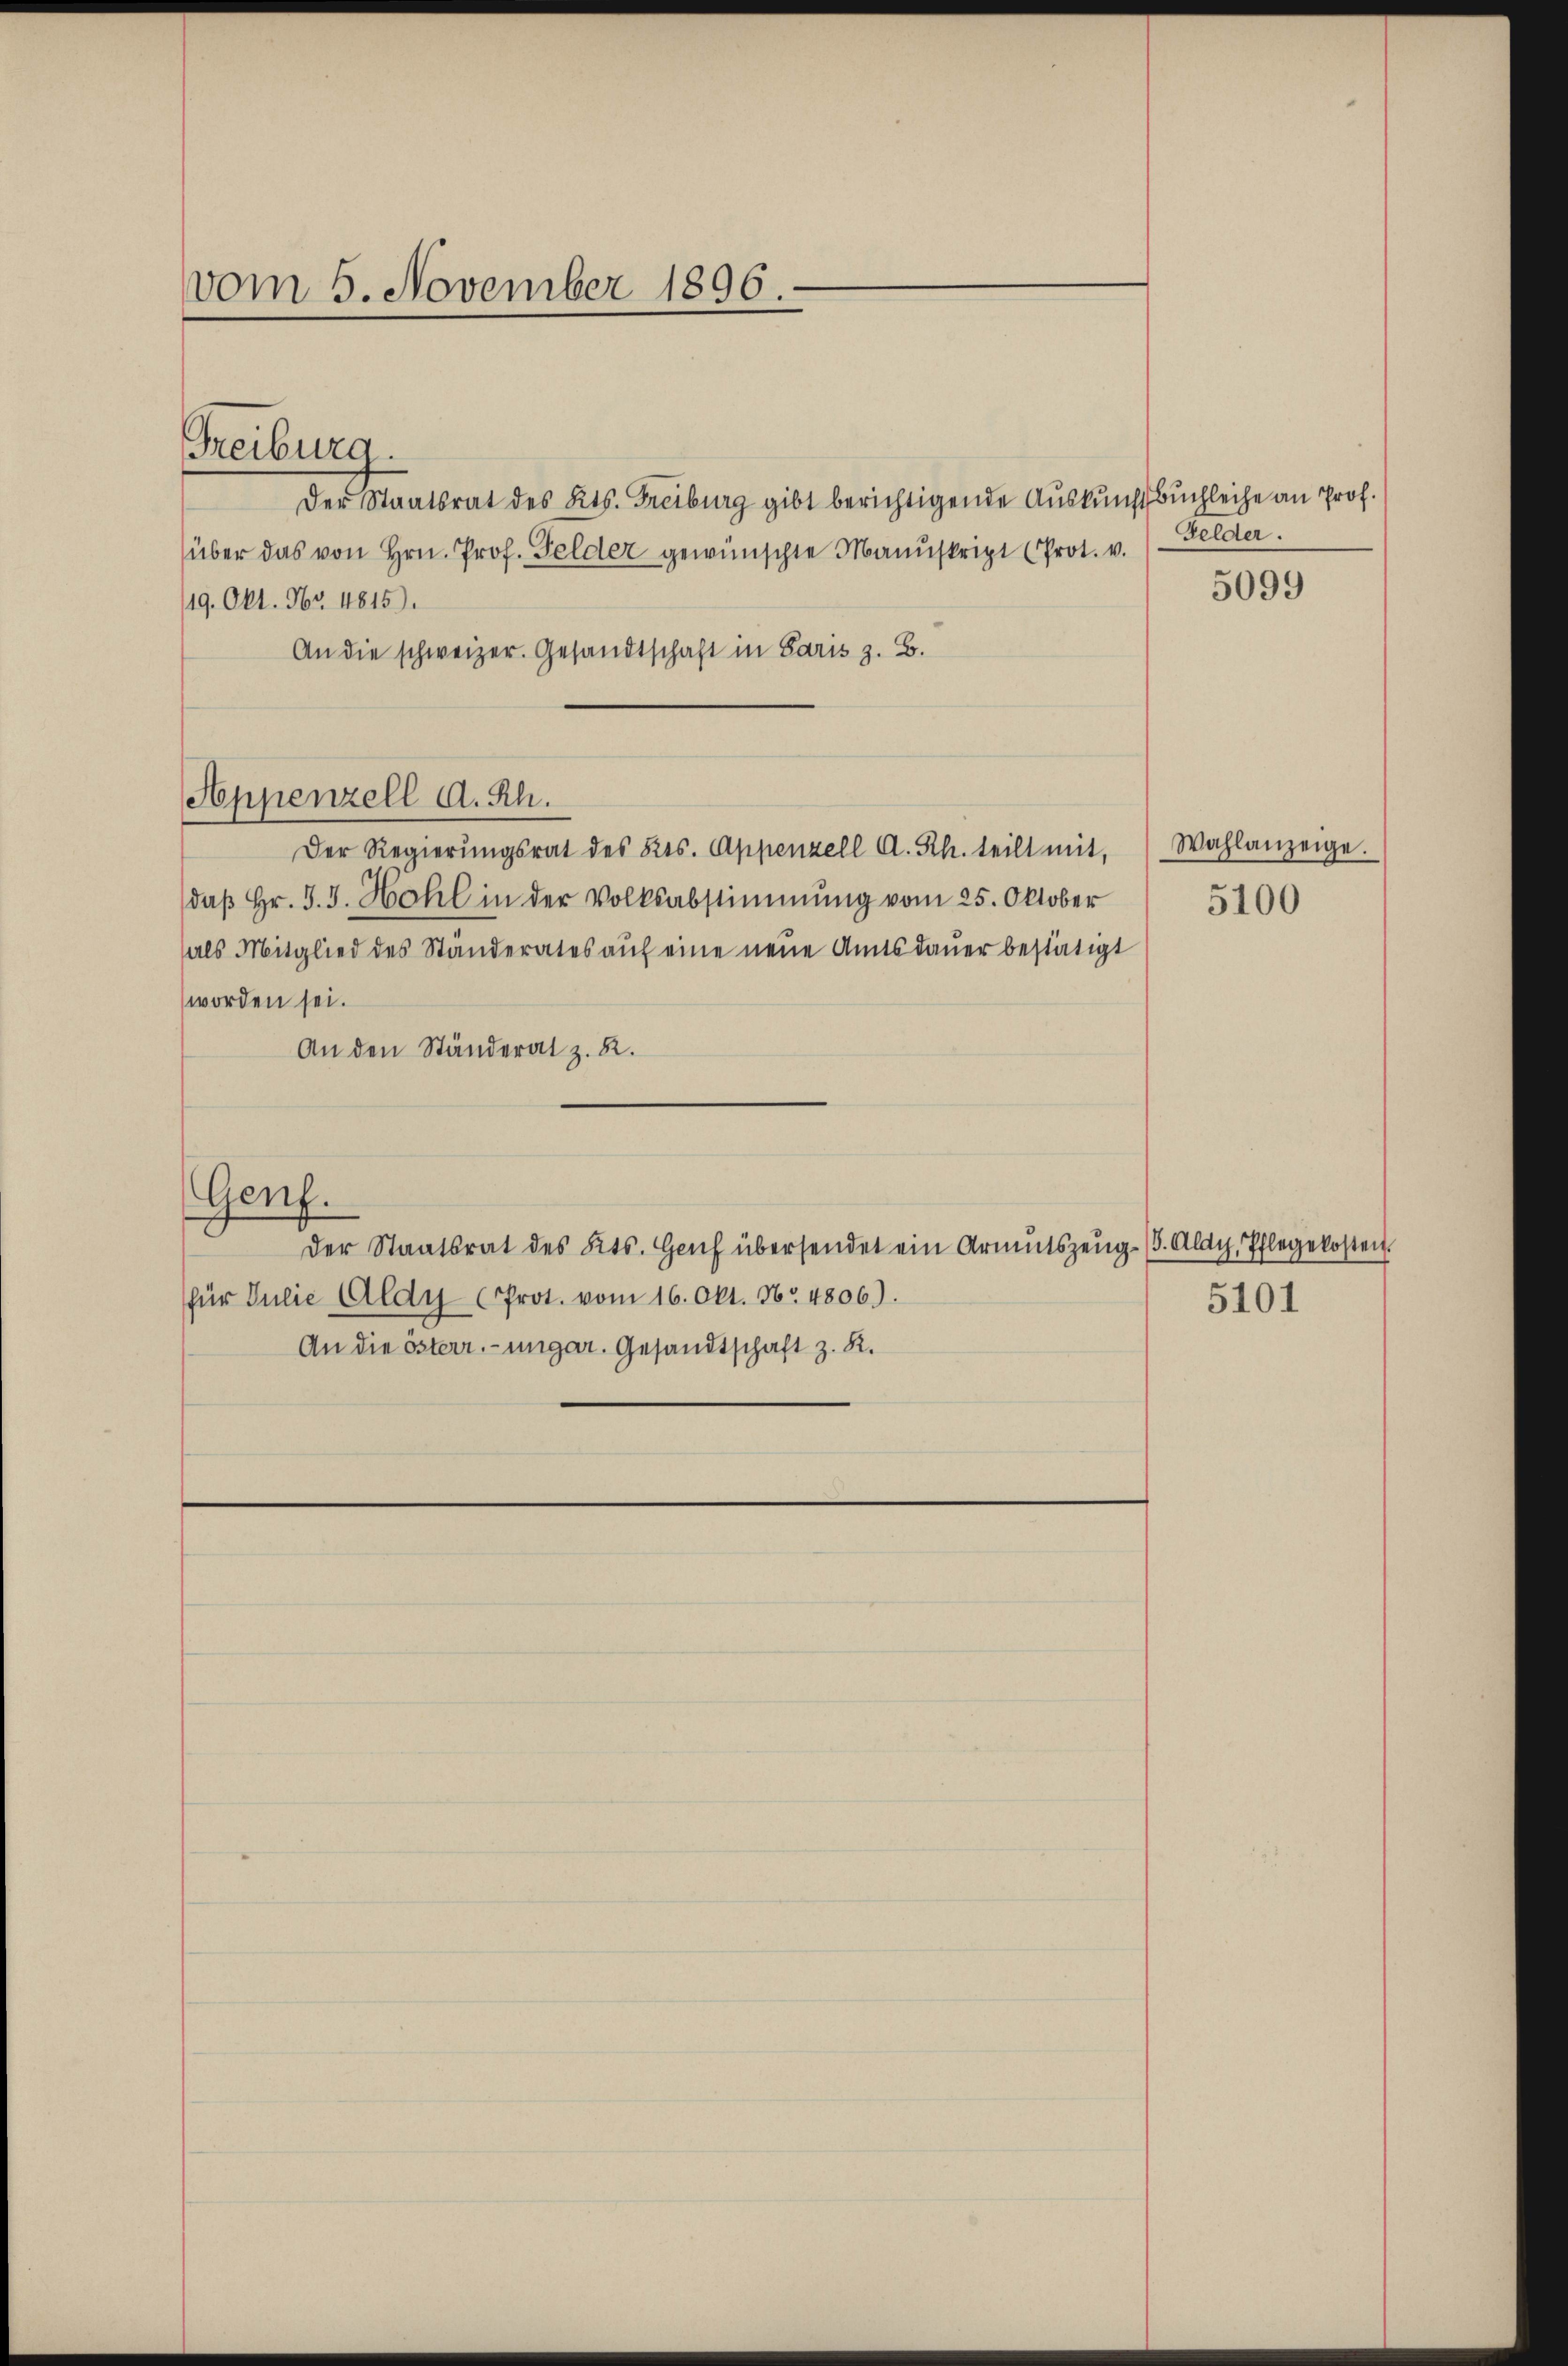
vom 5. November 1896.

Der Staatsrat des Kts. Freiburg gibt berichtigende Auskunftbuchleihe an Prof.
über das von Hrn. Prof. Felder gewünschte Manuskript (Prot. v.
19. Okt. Nr. 4815).
An die schweizer. Gesandtschaft in Paris z. B.
Der Regierungsrat des Res. Appenzell A. Rh. teilt mit,
daβ hr. J. J. Hohl in der Volksabstimmung vom 25. Oktober
als Mitglied des Ständerates aŭf eine neŭe Amtsdaŭer bestätigt
worden sei.
An den Ständerat z. R.
Genf.
der Staatsrat des Kts. Genf übersendet ein Armutszeŭg- (3. Aldy, Pflegekosten
für Julie Aldy (Prot. vom 16. Okt. 16. 4806).
An die österr.-ungar. Gesandtschaft z. R.

Freiburg.

Appenzell A. Rh.

Gelder.

5099

Wahlanzeige.
5100

5101